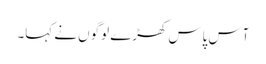
آس پاس کھڑے لوگوں نے کہا۔